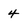
Character: 4